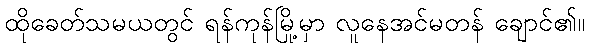
ထိုခေတ်သမယတွင် ရန်ကုန်မြို့မှာ လူနေအင်မတန် ချောင်၏။